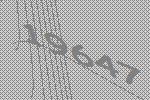
19647